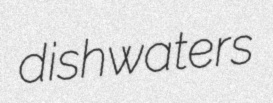
dishwaters